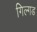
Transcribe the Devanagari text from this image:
गिल्गड